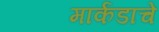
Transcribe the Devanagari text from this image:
मार्कंडाचे